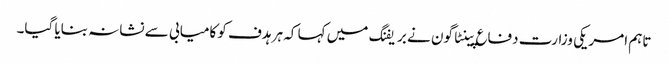
تاہم امریکی وزارت دفاع پینٹاگون نے بریفنگ میں کہا کہ ہر ہدف کو کامیابی سے نشانہ بنایا گیا۔